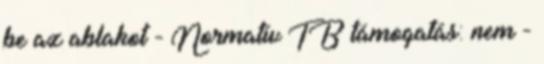
be az ablakot - Normatív TB támogatás: nem -